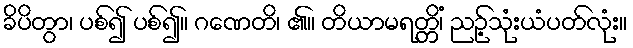
ခိပိတွာ၊ ပစ်၍ ပစ်၍။ ဂဏေတိ၊ ၏။ တိယာမရတ္တိံ၊ ညဉ့်သုံးယံပတ်လုံး။